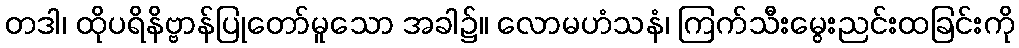
တဒါ၊ ထိုပရိနိဗ္ဗာန်ပြုတော်မူသော အခါ၌။ လောမဟံသနံ၊ ကြက်သီးမွေးညင်းထခြင်းကို